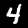
Digit: 4